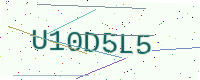
Text: U10D5L5